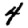
Digit: 4